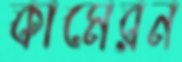
কামেরন